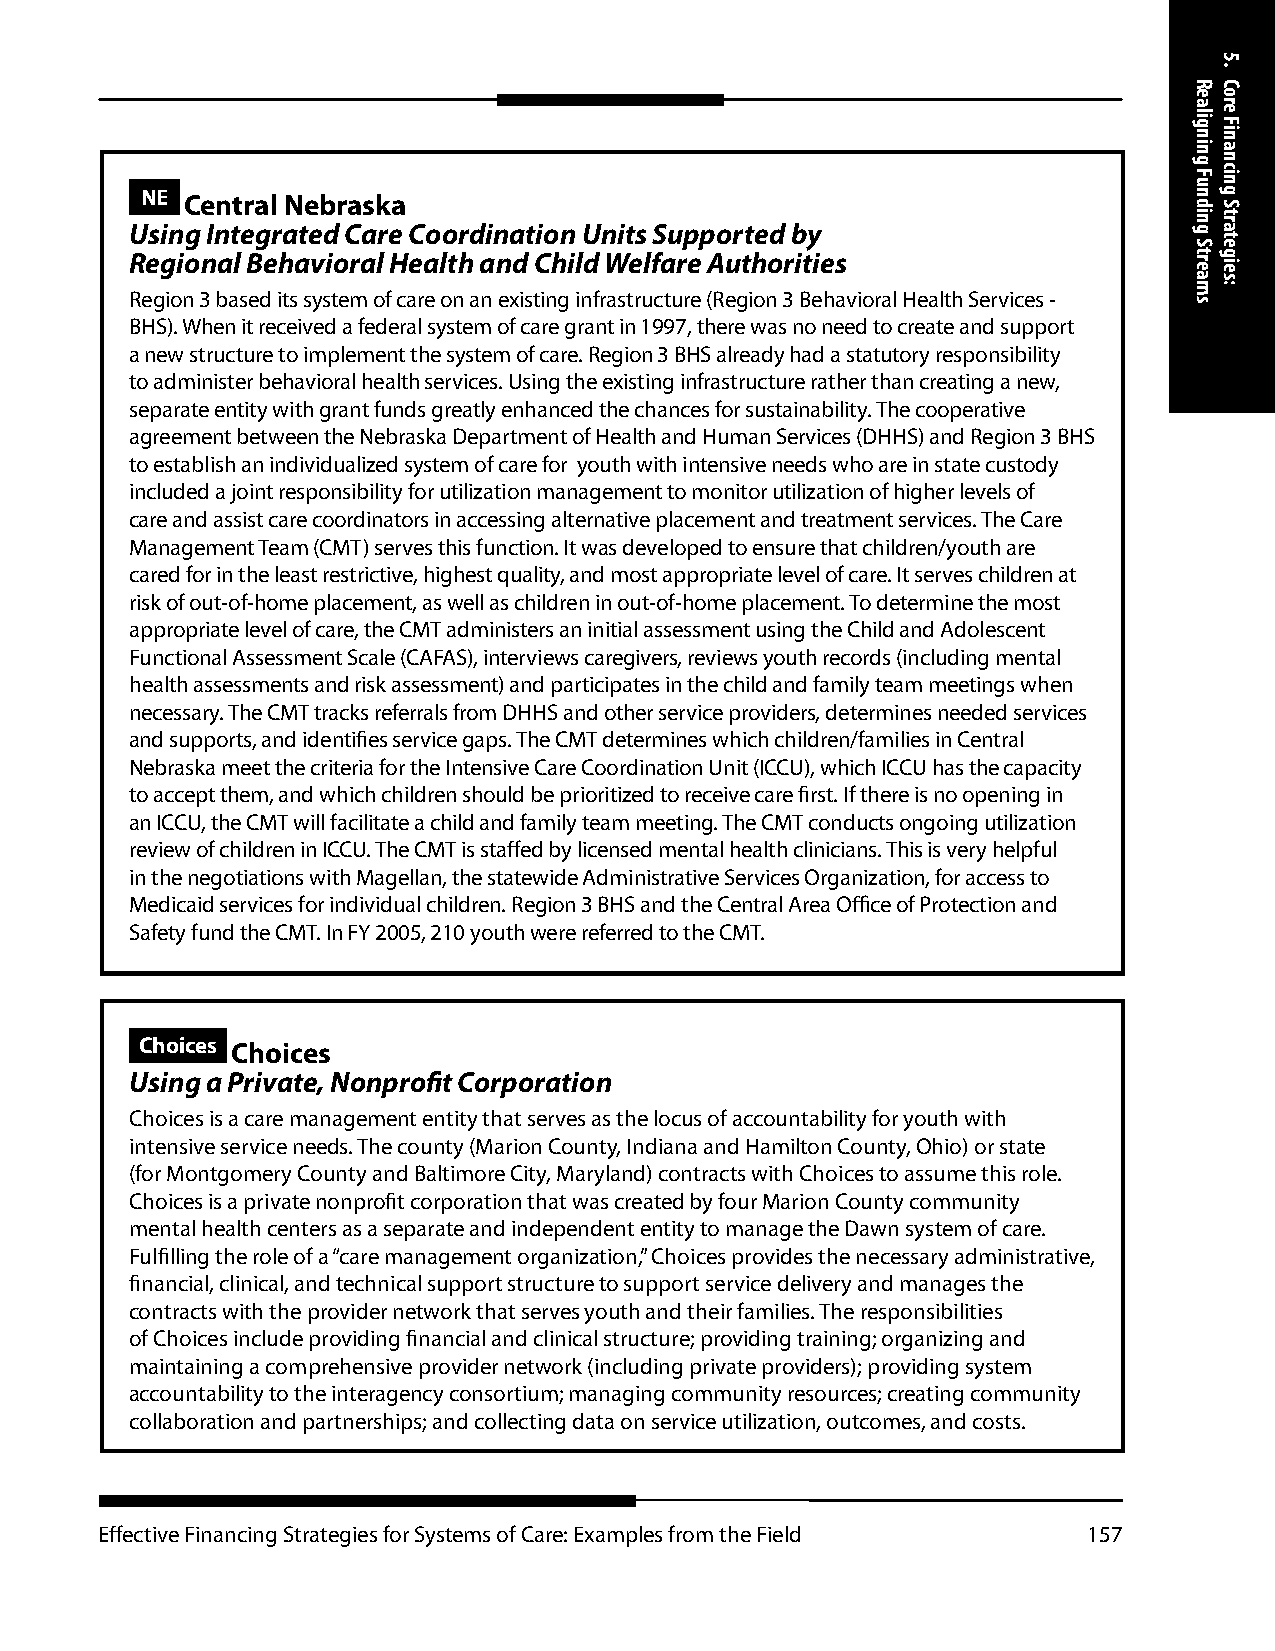
NE Central Nebraska
 Using Integrated Care Coordination Units Supported by
 Regional Behavioral Health and Child Welfare Authorities
 Region 3 based its system of care on an existing infrastructure (Region 3 Behavioral Health Services -
 BHS). When it received a federal system of care grant in 1997, there was no need to create and support
 a new structure to implement the system of care. Region 3 BHS already had a statutory responsibility
 to administer behavioral health services. Using the existing infrastructure rather than creating a new,
 separate entity with grant funds greatly enhanced the chances for sustainability. The cooperative
 agreement between the Nebraska Department of Health and Human Services (DHHS) and Region 3 BHS
 to establish an individualized system of care for youth with intensive needs who are in state custody
 included a joint responsibility for utilization management to monitor utilization of higher levels of
 care and assist care coordinators in accessing alternative placement and treatment services. The Care
 Management Team (CMT) serves this function. It was developed to ensure that children/youth are
 cared for in the least restrictive, highest quality, and most appropriate level of care. It serves children at
 risk of out-of-home placement, as well as children in out-of-home placement. To determine the most
 appropriate level of care, the CMT administers an initial assessment using the Child and Adolescent
 Functional Assessment Scale (CAFAS), interviews caregivers, reviews youth records (including mental
 health assessments and risk assessment) and participates in the child and family team meetings when
 necessary. The CMT tracks referrals from DHHS and other service providers, determines needed services
 and supports, and identifies service gaps. The CMT determines which children/families in Central
 Nebraska meet the criteria for the Intensive Care Coordination Unit (ICCU), which ICCU has the capacity
 to accept them, and which children should be prioritized to receive care first. If there is no opening in
 an ICCU, the CMT will facilitate a child and family team meeting. The CMT conducts ongoing utilization
 review of children in ICCU. The CMT is staffed by licensed mental health clinicians. This is very helpful
 in the negotiations with Magellan, the statewide Administrative Services Organization, for access to
 Medicaid services for individual children. Region 3 BHS and the Central Area Office of Protection and
 Safety fund the CMT. In FY 2005, 210 youth were referred to the CMT.
 Choices Choices
 Using a Private, Nonprofit Corporation
 Choices is a care management entity that serves as the locus of accountability for youth with
 intensive service needs. The county (Marion County, Indiana and Hamilton County, Ohio) or state
 (for Montgomery County and Baltimore City, Maryland) contracts with Choices to assume this role.
 Choices is a private nonprofit corporation that was created by four Marion County community
 mental health centers as a separate and independent entity to manage the Dawn system of care.
 Fulfilling the role of a “care management organization,” Choices provides the necessary administrative,
 financial, clinical, and technical support structure to support service delivery and manages the
 contracts with the provider network that serves youth and their families. The responsibilities
 of Choices include providing financial and clinical structure; providing training; organizing and
 maintaining a comprehensive provider network (including private providers); providing system
 accountability to the interagency consortium; managing community resources; creating community
 collaboration and partnerships; and collecting data on service utilization, outcomes, and costs.
 Effective Financing Strategies for Systems of Care: Examples from the Field 157
 Realigning
 Funding
 Streams
 5.
 Core
 Financing
 Strategies: